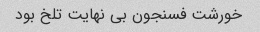
خورشت فسنجون بی نهایت تلخ بود